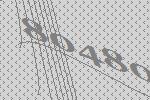
80480